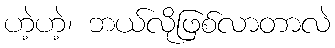
ဟဲ့ဟဲ့၊ ဘယ်လိုဖြစ်လာတာလဲ